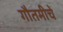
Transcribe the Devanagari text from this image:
गौतमीचे